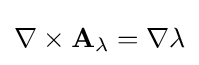
\nabla \times {\mathbf {A} }_{\lambda }=\nabla \lambda